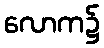
လောက၌